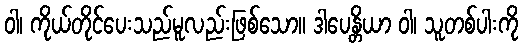
ဝါ၊ ကိုယ်တိုင်ပေးသည်မူလည်းဖြစ်သော။ ဒါပေန္တိယာ ဝါ၊ သူတစ်ပါးကို